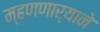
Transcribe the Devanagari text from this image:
म्हणणार्‍याने